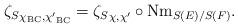
LaTeX: \begin{align*}\begin{aligned}{\zeta_{S}}_{\chi_{\mathrm{BC}},{\chi'}_{\mathrm{BC}}}={\zeta_{S}}_{\chi,\chi'}\circ \mathrm{Nm}_{S(E)/S(F)}.\end{aligned}\end{align*}